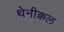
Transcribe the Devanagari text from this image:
थेनीक्कल